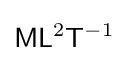
{\mathsf {M}}{\mathsf {L}}^{2}{\mathsf {T}}^{-1}